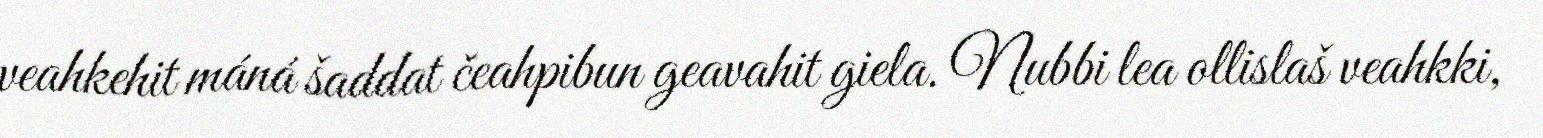
veahkehit máná šaddat čeahpibun geavahit giela. Nubbi lea ollislaš veahkki,